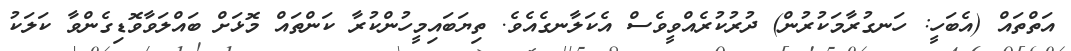
އަތްތައް (އެބަހީ: ހަނގުރާމަކުރުން) ދުރުކުރެއްވީވެސް އެކަލާނގެއެވެ. ތިޔަބައިމީހުންކުރާ ކަންތައް މޮޅަށް ބައްލަވާވޮޑިގެންވާ ކަލަކު